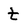
Character: t